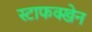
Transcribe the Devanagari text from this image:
स्टाफक्खेन